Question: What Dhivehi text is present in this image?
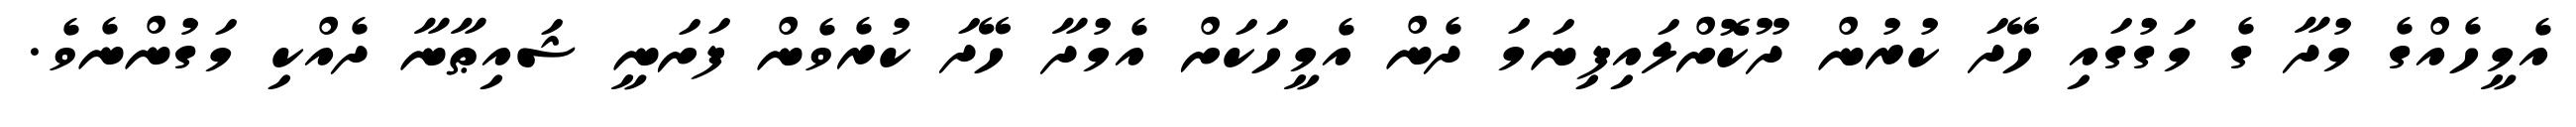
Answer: އެމީހެއްގެ މުދާ ގެ މަގުގައި ހޭދަ ކުރުން ދޫކޮށްލައިފިނަމަ ދެން އެމީހަކަށް އެމުދާ ހޭދަ ކުރެވެން ފަށަނީ ޝައިޠާނާ ދެއްކި މަގުންނެވެ.